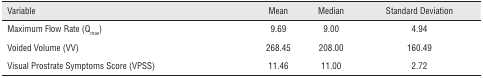
<table><thead><tr><td><b>Variable</b></td><td><b>Mean</b></td><td><b>Median</b></td><td><b>Standard Deviation</b></td></tr></thead><tbody><tr><td>Maximum Flow Rate (Q<sub>max</sub>)</td><td>9.69</td><td>9.00</td><td>4.94</td></tr><tr><td>Voided Volume (VV)</td><td>268.45</td><td>208.00</td><td>160.49</td></tr><tr><td>Visual Prostrate Symptoms Score (VPSS)</td><td>11.46</td><td>11.00</td><td>2.72</td></tr></tbody></table>